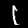
Digit: 1